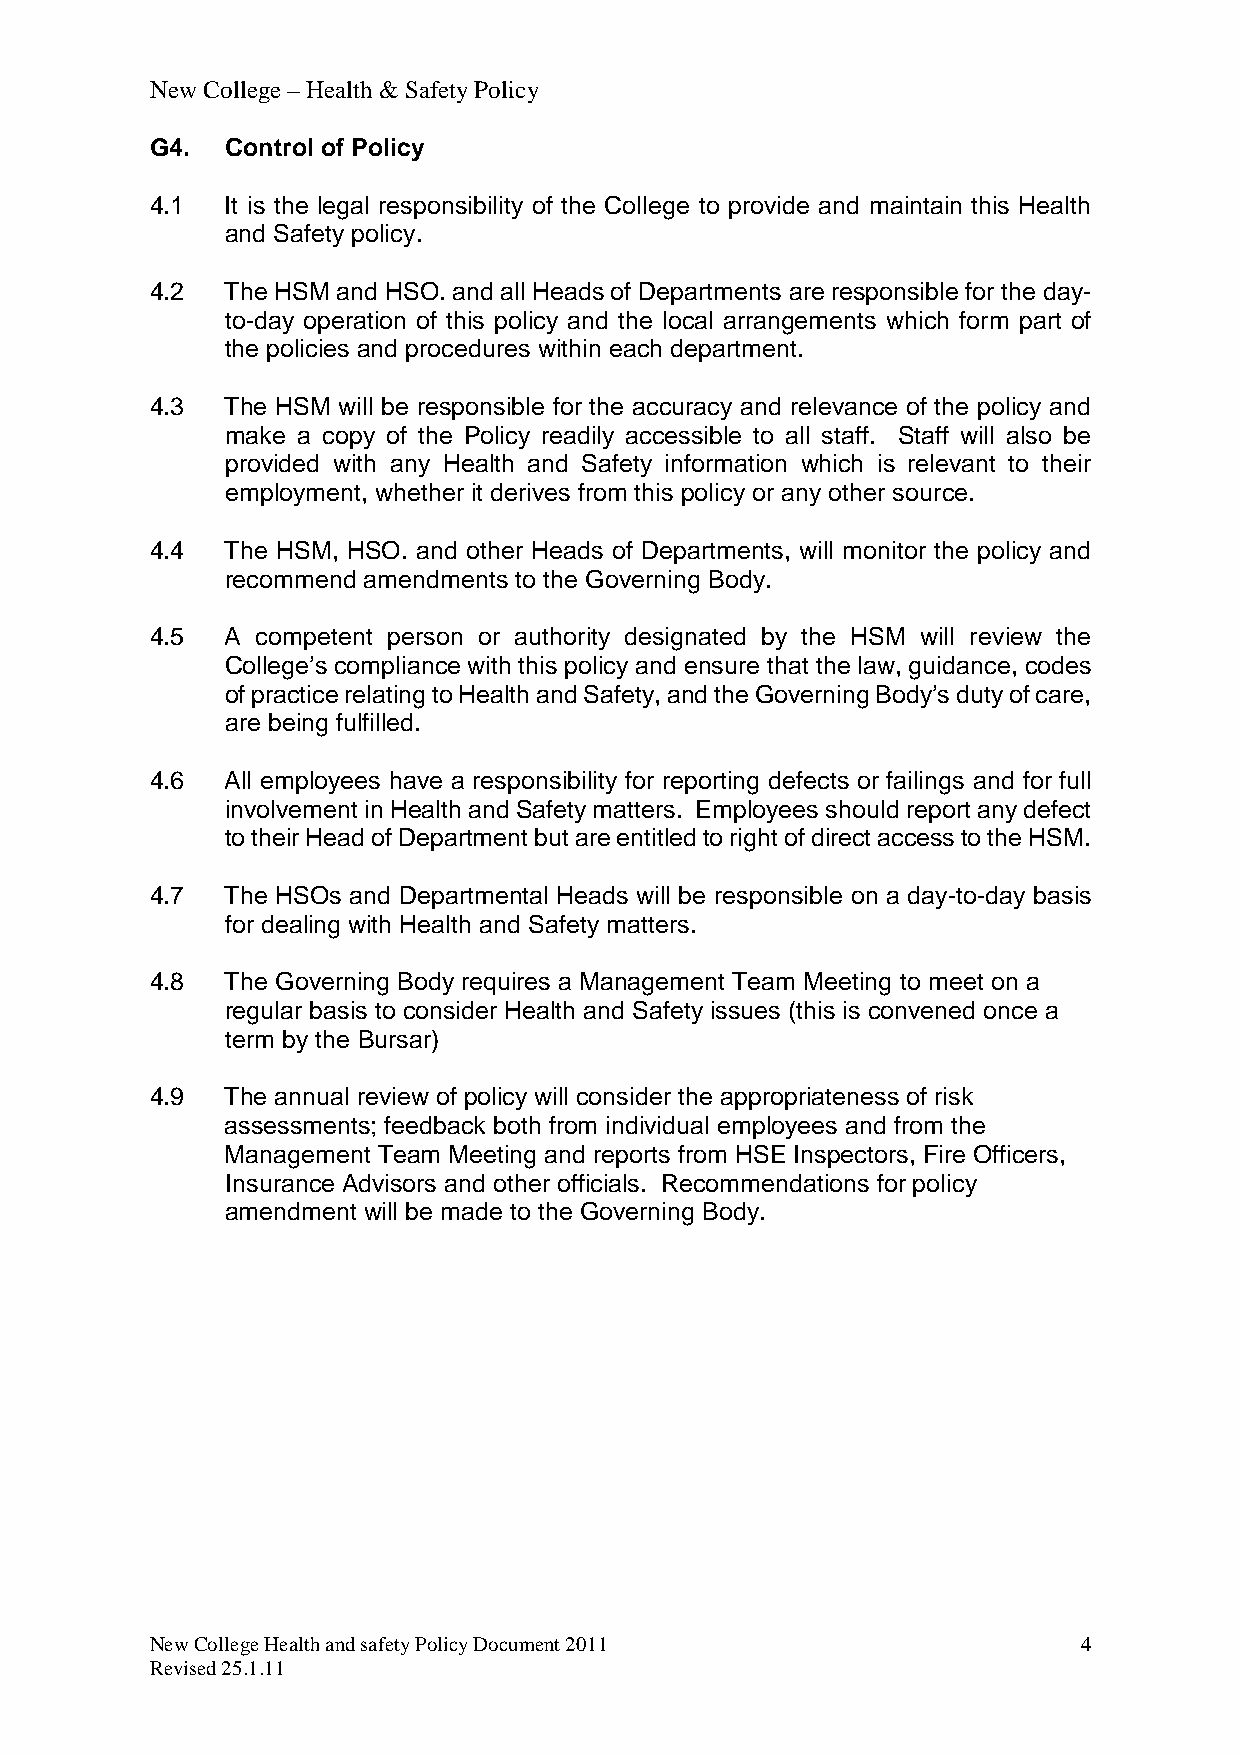
New College – Health & Safety Policy
 G4.  Control of Policy
 4.1  It is the legal responsibility of the College to provide and maintain this Health
 and Safety policy.
 4.2  The HSM and HSO. and all Heads of Departments are responsible for the day-
 to-day operation of this policy and the local arrangements which form part of
 the policies and procedures within each department.
 4.3  The HSM will be responsible for the accuracy and relevance of the policy and
 make a copy of the Policy readily accessible to all staff. Staff will also be
 provided with any Health and Safety information which is relevant to their
 employment, whether it derives from this policy or any other source.
 4.4  The HSM, HSO. and other Heads of Departments, will monitor the policy and
 recommend amendments to the Governing Body.
 4.5  A competent person or authority designated by the HSM will review the
 College’s compliance with this policy and ensure that the law, guidance, codes
 of practice relating to Health and Safety, and the Governing Body’s duty of care,
 are being fulfilled.
 4.6  All employees have a responsibility for reporting defects or failings and for full
 involvement in Health and Safety matters. Employees should report any defect
 to their Head of Department but are entitled to right of direct access to the HSM.
 4.7  The HSOs and Departmental Heads will be responsible on a day-to-day basis
 for dealing with Health and Safety matters.
 4.8  The Governing Body requires a Management Team Meeting to meet on a
 regular basis to consider Health and Safety issues (this is convened once a
 term by the Bursar)
 4.9  The annual review of policy will consider the appropriateness of risk
 assessments; feedback both from individual employees and from the
 Management Team Meeting and reports from HSE Inspectors, Fire Officers,
 Insurance Advisors and other officials. Recommendations for policy
 amendment will be made to the Governing Body.
 New College Health and safety Policy Document 2011            4
 Revised 25.1.11